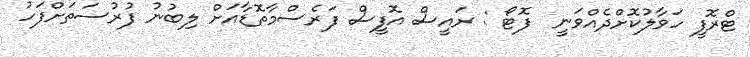
ޓްރޮފީ ހަވާލުކޮށްދެއްވަނީ  ފޮޓޯ : ރައީސް އޮފީސް ފަރެސްމާތޮޑާއަށް ލިބުނު ފުރުސަތަށްފަހު